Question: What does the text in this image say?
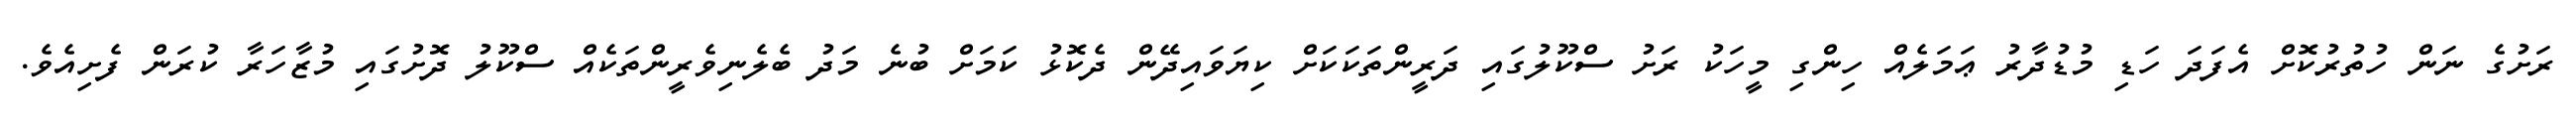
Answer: ރަށުގެ ނަން ހުތުރުކޮށް އެފަދަ ހަޑި މުޑުދާރު ޢަމަލެއް ހިންގި މީހަކު ރަށު ސްކޫލުގައި ދަރީންތަކަކަށް ކިޔަވައިދޭން ދެކޮޅު ކަމަށް ބުނެ މަދު ބެލެނިވެރީންތަކެއް ސްކޫލު ދޮށުގައި މުޒާހަރާ ކުރަން ފެށިއެވެ.